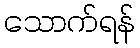
သောက်ရန်